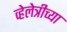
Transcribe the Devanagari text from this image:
व्हेलेत्रीच्या